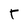
Character: T